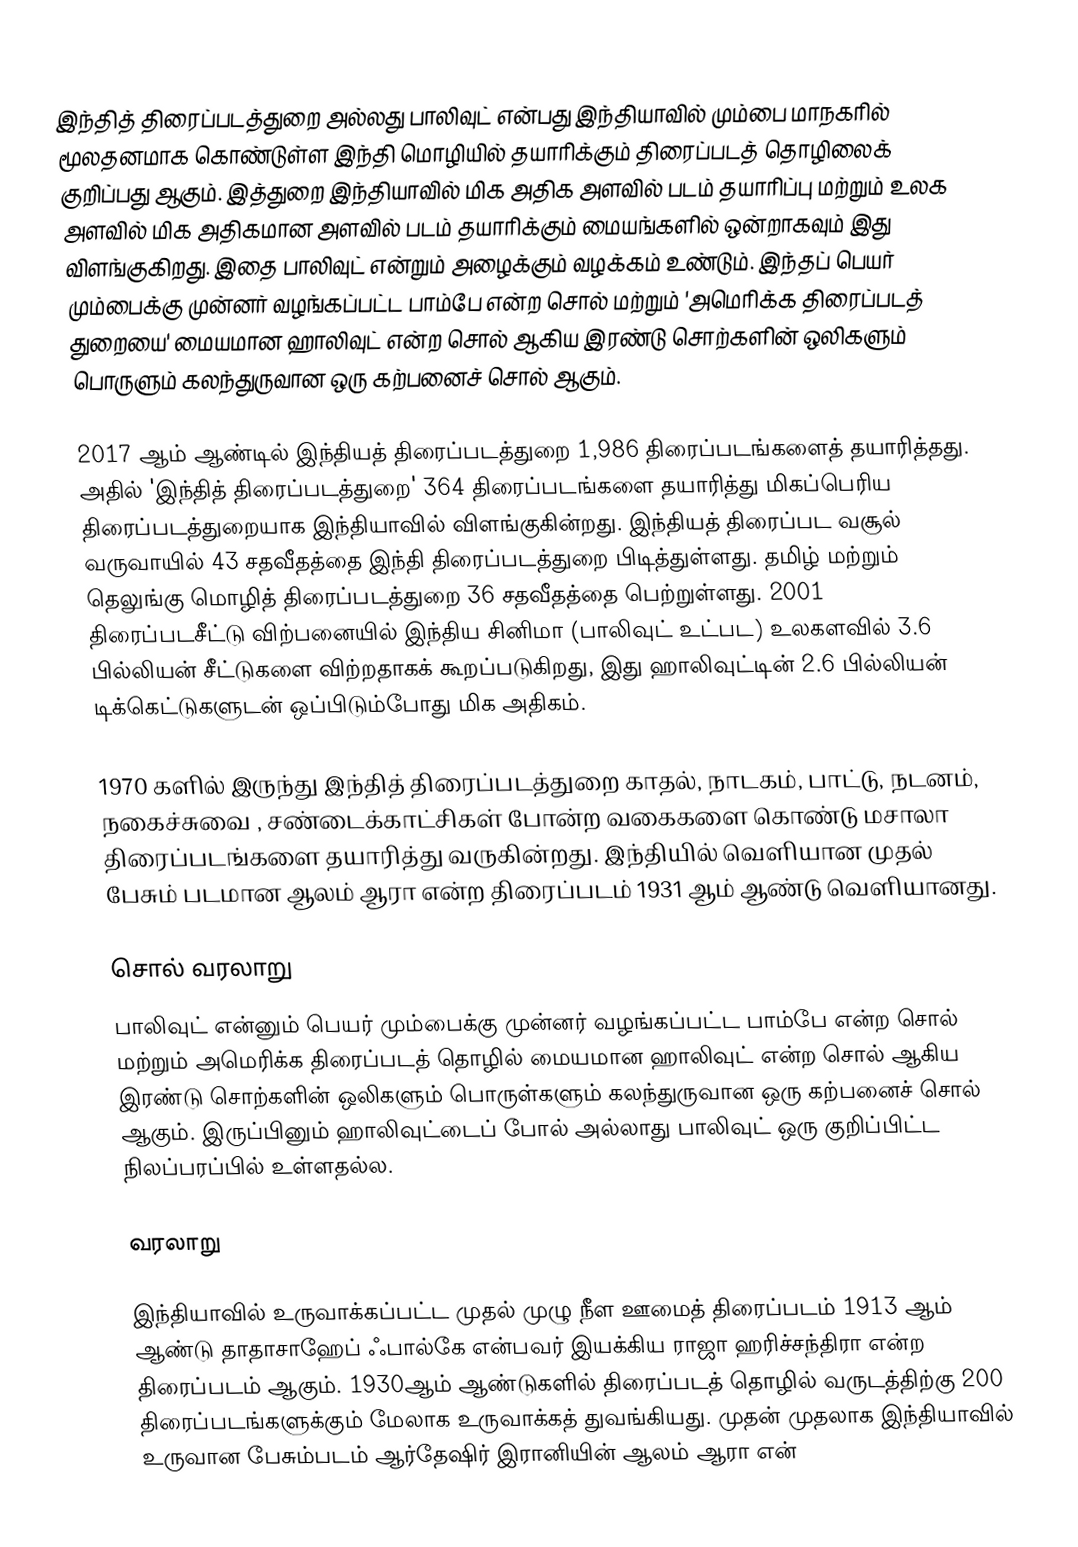
இந்தித் திரைப்படத்துறை அல்லது பாலிவுட் என்பது இந்தியாவில் மும்பை மாநகரில் மூலதனமாக கொண்டுள்ள இந்தி மொழியில் தயாரிக்கும் திரைப்படத் தொழிலைக் குறிப்பது ஆகும். இத்துறை இந்தியாவில் மிக அதிக அளவில் படம் தயாரிப்பு மற்றும் உலக அளவில் மிக அதிகமான அளவில் படம் தயாரிக்கும் மையங்களில் ஒன்றாகவும் இது விளங்குகிறது. இதை பாலிவுட் என்றும் அழைக்கும் வழக்கம் உண்டும். இந்தப் பெயர் மும்பைக்கு முன்னர் வழங்கப்பட்ட பாம்பே என்ற சொல் மற்றும் 'அமெரிக்க திரைப்படத் துறையை'  மையமான ஹாலிவுட் என்ற சொல் ஆகிய இரண்டு சொற்களின் ஒலிகளும் பொருளும் கலந்துருவான ஒரு கற்பனைச் சொல் ஆகும்.

2017 ஆம் ஆண்டில் இந்தியத் திரைப்படத்துறை 1,986 திரைப்படங்களைத் தயாரித்தது. அதில் 'இந்தித் திரைப்படத்துறை' 364 திரைப்படங்களை தயாரித்து மிகப்பெரிய திரைப்படத்துறையாக இந்தியாவில் விளங்குகின்றது. இந்தியத் திரைப்பட வசூல் வருவாயில் 43 சதவீதத்தை இந்தி திரைப்படத்துறை பிடித்துள்ளது. தமிழ் மற்றும் தெலுங்கு மொழித் திரைப்படத்துறை 36 சதவீதத்தை பெற்றுள்ளது. 2001 திரைப்படசீட்டு விற்பனையில் இந்திய சினிமா (பாலிவுட் உட்பட) உலகளவில் 3.6 பில்லியன் சீட்டுகளை விற்றதாகக் கூறப்படுகிறது, இது ஹாலிவுட்டின் 2.6 பில்லியன் டிக்கெட்டுகளுடன் ஒப்பிடும்போது மிக அதிகம்.

1970 களில் இருந்து இந்தித் திரைப்படத்துறை காதல், நாடகம், பாட்டு, நடனம், நகைச்சுவை , சண்டைக்காட்சிகள் போன்ற வகைகளை கொண்டு மசாலா திரைப்படங்களை தயாரித்து வருகின்றது. இந்தியில் வெளியான முதல் பேசும் படமான ஆலம் ஆரா என்ற திரைப்படம் 1931 ஆம் ஆண்டு வெளியானது.

சொல் வரலாறு
பாலிவுட் என்னும் பெயர்  மும்பைக்கு முன்னர் வழங்கப்பட்ட பாம்பே என்ற சொல் மற்றும் அமெரிக்க திரைப்படத் தொழில் மையமான ஹாலிவுட் என்ற சொல் ஆகிய இரண்டு சொற்களின் ஒலிகளும் பொருள்களும் கலந்துருவான ஒரு கற்பனைச் சொல் ஆகும். இருப்பினும் ஹாலிவுட்டைப் போல் அல்லாது பாலிவுட் ஒரு குறிப்பிட்ட நிலப்பரப்பில் உள்ளதல்ல.

வரலாறு

இந்தியாவில் உருவாக்கப்பட்ட முதல் முழு நீள ஊமைத் திரைப்படம் 1913 ஆம்  ஆண்டு தாதாசாஹேப் ஃபால்கே என்பவர் இயக்கிய ராஜா ஹரிச்சந்திரா என்ற திரைப்படம் ஆகும். 1930ஆம் ஆண்டுகளில் திரைப்படத் தொழில் வருடத்திற்கு 200 திரைப்படங்களுக்கும் மேலாக உருவாக்கத் துவங்கியது. முதன் முதலாக இந்தியாவில் உருவான பேசும்படம் ஆர்தேஷிர் இரானியின் ஆலம் ஆரா என்